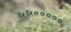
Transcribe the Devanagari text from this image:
६६०००००